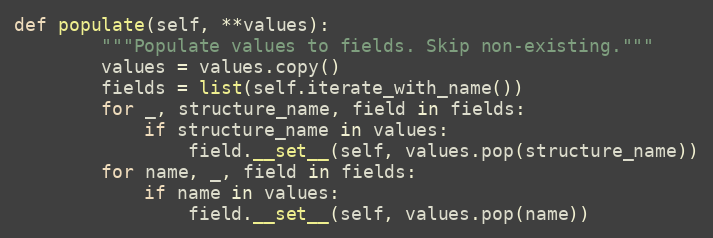
Language: Python
def populate(self, **values):
        """Populate values to fields. Skip non-existing."""
        values = values.copy()
        fields = list(self.iterate_with_name())
        for _, structure_name, field in fields:
            if structure_name in values:
                field.__set__(self, values.pop(structure_name))
        for name, _, field in fields:
            if name in values:
                field.__set__(self, values.pop(name))